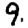
Digit: 9